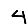
Digit: 4